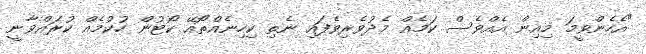
"އެހެންވީމަ މިއިން އެއްވެސް ކަމެއް މެދުވެރިވެފައި ނެތި ކިހިނެއްތޯއޭ ކޯޓުން ހުކުމެއް ކުރައްވާނީ